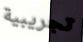
تجريبية